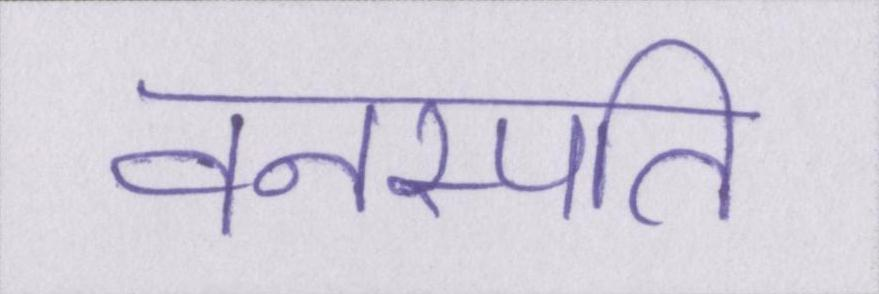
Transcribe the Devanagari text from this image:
वनस्पति